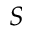
S